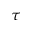
\tau